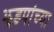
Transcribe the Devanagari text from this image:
झडपांच्या